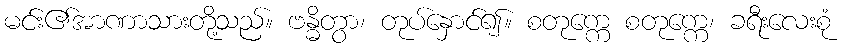
မင်း၏အာဏာသားတို့သည်။ ဗန္ဓိတွာ၊ တုပ်နှောင်၍။ စတုက္ကေ စတုက္ကေ၊ ခရီးလေးစုံ